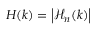
H ( k ) = \left| \mathcal { H } _ { n } ( k ) \right|